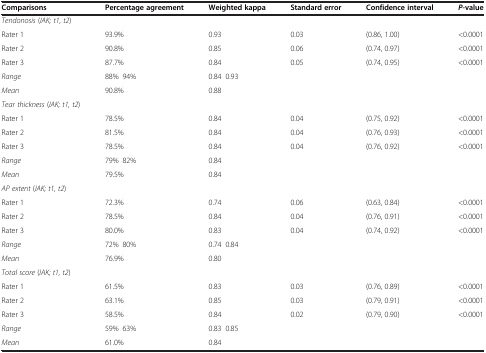
| Comparisons | Percentage agreement | Weighted kappa | Standard error | Confidence interval | P-value |
 | --- | --- | --- | --- | --- | --- |
 | Tendonosis (IAK; t1, t2) |  |  |  |  |  |
 | Rater 1 | 93.9% | 0.93 | 0.03 | (0.86, 1.00) | <0.0001 |
 | Rater 2 | 90.8% | 0.85 | 0.06 | (0.74, 0.97) | <0.0001 |
 | Rater 3 | 87.7% | 0.84 | 0.05 | (0.74, 0.95) | <0.0001 |
 | Range | 88%–94% | 0.84–0.93 |  |  |  |
 | Mean | 90.8% | 0.88 |  |  |  |
 | Tear thickness (IAK; t1, t2) |  |  |  |  |  |
 | Rater 1 | 78.5% | 0.84 | 0.04 | (0.75, 0.92) | <0.0001 |
 | Rater 2 | 81.5% | 0.84 | 0.04 | (0.76, 0.93) | <0.0001 |
 | Rater 3 | 78.5% | 0.84 | 0.04 | (0.76, 0.92) | <0.0001 |
 | Range | 79%–82% | 0.84 |  |  |  |
 | Mean | 79.5% | 0.84 |  |  |  |
 | AP extent (IAK; t1, t2) |  |  |  |  |  |
 | Rater 1 | 72.3% | 0.74 | 0.06 | (0.63, 0.84) | <0.0001 |
 | Rater 2 | 78.5% | 0.84 | 0.04 | (0.76, 0.91) | <0.0001 |
 | Rater 3 | 80.0% | 0.83 | 0.04 | (0.74, 0.92) | <0.0001 |
 | Range | 72%–80% | 0.74–0.84 |  |  |  |
 | Mean | 76.9% | 0.80 |  |  |  |
 | Total score (IAK; t1, t2) |  |  |  |  |  |
 | Rater 1 | 61.5% | 0.83 | 0.03 | (0.76, 0.89) | <0.0001 |
 | Rater 2 | 63.1% | 0.85 | 0.03 | (0.79, 0.91) | <0.0001 |
 | Rater 3 | 58.5% | 0.84 | 0.02 | (0.79, 0.90) | <0.0001 |
 | Range | 59%–63% | 0.83–0.85 |  |  |  |
 | Mean | 61.0% | 0.84 |  |  |  |